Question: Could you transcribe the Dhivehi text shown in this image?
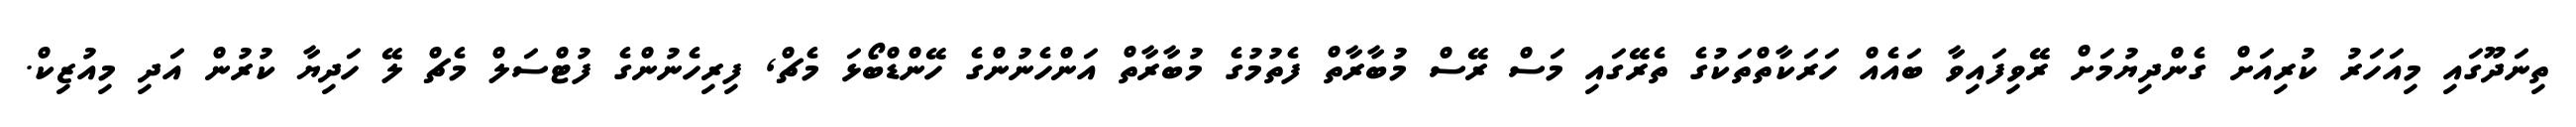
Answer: ތިނަދޫގައި މިއަހަރު ކުރިއަށް ގެންދިޔުމަށް ރޭވިފައިވާ ބައެއް ހަރަކާތްތަކުގެ ތެރޭގައި މަސް ރޭސް މުބާރާތް ފެތުމުގެ މުބާރާތް އަންހެނުންގެ ހޭންޑްބޯޅަ މެޗް, ފިރިހެނުންގެ ފުޓްސަލް މެޗް ލޭ ހަދިޔާ ކުރުން އަދި މިއުޒިކް.